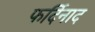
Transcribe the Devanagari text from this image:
फर्दिनाद